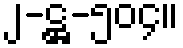
၂-ဋ္ဌ-၅၀၄။